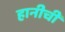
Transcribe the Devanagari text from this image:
हानीची